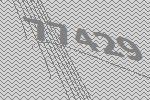
77429